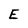
Character: E